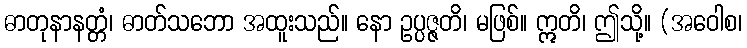
ဓာတုနာနတ္တံ၊ ဓာတ်သဘော အထူးသည်။ နော ဥပ္ပဇ္ဇတိ၊ မဖြစ်။ ဣတိ၊ ဤသို့။ (အဝေါစ၊